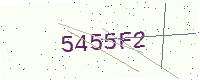
Text: 5455F2